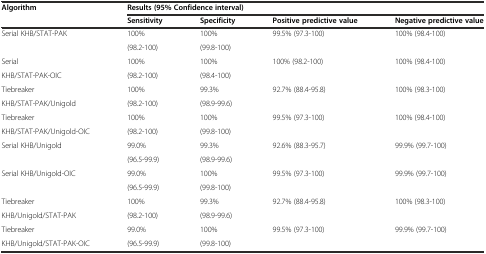
<table><thead><tr><td rowspan="2"><b>Algorithm</b></td><td colspan="4"><b>Results (95% Confidence interval)</b></td></tr><tr><td><b>Sensitivity</b></td><td><b>Specificity</b></td><td><b>Positive predictive value</b></td><td><b>Negative predictive value</b></td></tr></thead><tbody><tr><td rowspan="2">Serial KHB/STAT-PAK</td><td>100%</td><td>100%</td><td rowspan="2">99.5% (97.3-100)</td><td rowspan="2">100% (98.4-100)</td></tr><tr><td>(98.2-100)</td><td>(99.8-100)</td></tr><tr><td>Serial</td><td>100%</td><td>100%</td><td rowspan="2">100% (98.2-100)</td><td rowspan="2">100% (98.4-100)</td></tr><tr><td>KHB/STAT-PAK-OIC</td><td>(98.2-100)</td><td>(98.4-100)</td></tr><tr><td>Tiebreaker</td><td>100%</td><td>99.3%</td><td rowspan="2">92.7% (88.4-95.8)</td><td rowspan="2">100% (98.3-100)</td></tr><tr><td>KHB/STAT-PAK/Unigold</td><td>(98.2-100)</td><td>(98.9-99.6)</td></tr><tr><td>Tiebreaker</td><td>100%</td><td>100%</td><td rowspan="2">99.5% (97.3-100)</td><td rowspan="2">100% (98.4-100)</td></tr><tr><td>KHB/STAT-PAK/Unigold-OIC</td><td>(98.2-100)</td><td>(99.8-100)</td></tr><tr><td rowspan="2">Serial KHB/Unigold</td><td>99.0%</td><td>99.3%</td><td rowspan="2">92.6% (88.3-95.7)</td><td rowspan="2">99.9% (99.7-100)</td></tr><tr><td>(96.5-99.9)</td><td>(98.9-99.6)</td></tr><tr><td rowspan="2">Serial KHB/Unigold-OIC</td><td>99.0%</td><td>100%</td><td>99.5% (97.3-100)</td><td>99.9% (99.7-100)</td></tr><tr><td>(96.5-99.9)</td><td>(99.8-100)</td><td></td><td></td></tr><tr><td>Tiebreaker</td><td>100%</td><td>99.3%</td><td rowspan="2">92.7% (88.4-95.8)</td><td rowspan="2">100% (98.3-100)</td></tr><tr><td>KHB/Unigold/STAT-PAK</td><td>(98.2-100)</td><td>(98.9-99.6)</td></tr><tr><td>Tiebreaker</td><td>99.0%</td><td>100%</td><td rowspan="2">99.5% (97.3-100)</td><td rowspan="2">99.9% (99.7-100)</td></tr><tr><td>KHB/Unigold/STAT-PAK-OIC</td><td>(96.5-99.9)</td><td>(99.8-100)</td></tr></tbody></table>